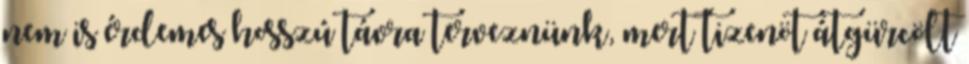
nem is érdemes hosszú távra terveznünk, mert tizenöt átgürcölt